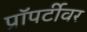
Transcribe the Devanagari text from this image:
प्रॉपर्टीवर